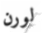
لورن